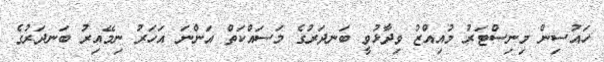
ހައުސިން މިނިސްޓަރު މުއިއްޒު ވިދާޅުވީ ބަނދަރުގެ މަސައްކަތް އަންނަ އަހަރު ނިމޭއިރު ބަނދަރުގެ